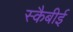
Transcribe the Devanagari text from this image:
स्कैबीई